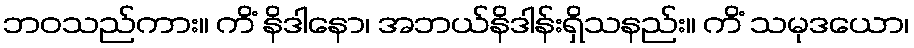
ဘဝသည်ကား။ ကိံ နိဒါနော၊ အဘယ်နိဒါန်းရှိသနည်း။ ကိံ သမုဒယော၊